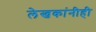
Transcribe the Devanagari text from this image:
लेखकांनीही